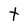
Character: t